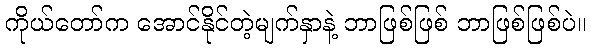
ကိုယ်တော်က အောင်နိုင်တဲ့မျက်နှာနဲ့ ဘာဖြစ်ဖြစ် ဘာဖြစ်ဖြစ်ပဲ။